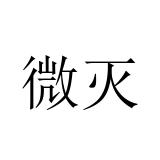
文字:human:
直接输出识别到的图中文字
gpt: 微灭